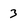
Character: 3